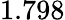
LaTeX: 1.798